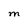
Character: M